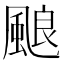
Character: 𩗖